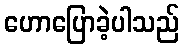
ဟောပြောခဲ့ပါသည်